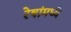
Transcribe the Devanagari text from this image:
रेषांमध्ये